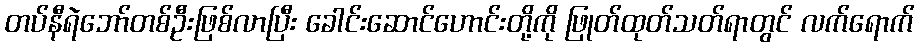
တပ်နီရဲဘော်တစ်ဦးဖြစ်လာပြီး ခေါင်းဆောင်ဟောင်းတို့ကို ဖြုတ်ထုတ်သတ်ရာတွင် လက်ရောက်